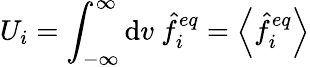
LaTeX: U_{i}=\int_{-\infty}^{\infty}\mathrm{d}v\ \hat{{f}}_{i}^{eq}=\left\langle\hat{{f}}_{i}^{eq}\right\rangle